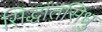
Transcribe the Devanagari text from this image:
सिद्धांतसिधु